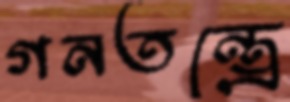
গনতন্ত্রে